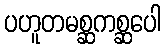
ပဟူတမစ္ဆကစ္ဆပေါ